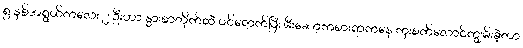
၅ နှစ်အရွယ်ကလေး ၂ ဦးဟာ နွားစာတိုက်ထဲ ဝင်ရောက်ပြီး မီးဆော့ကစားရာကနေ ကူးစက်လောင်ကျွမ်းခဲ့တာ